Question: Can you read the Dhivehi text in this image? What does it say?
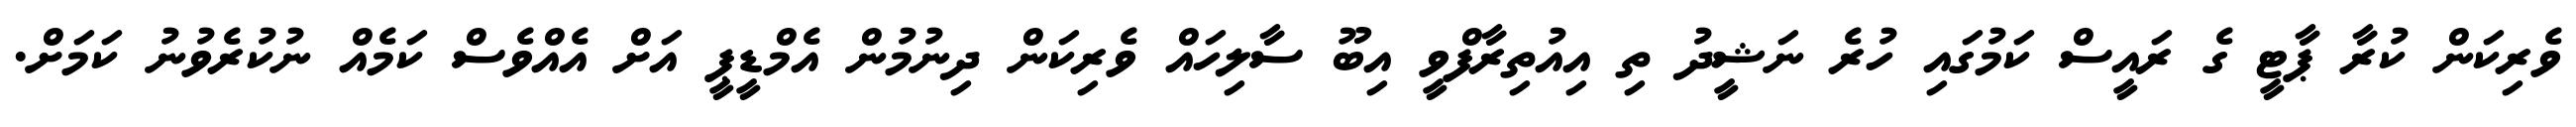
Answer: ވެރިކަން ކުރާ ޕާޓީ ގެ ރައީސް ކަމުގައި ހުރެ ނަޝީދު ތި އިއުތިރާފްވީ އިބޫ ސާލިހައް ވެރިކަން ދިނުމުން އެމްޑީޕީ އަށް އެއްވެސް ކަމެއް ނުކުރެވުނު ކަމަށް.